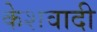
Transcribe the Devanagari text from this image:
केशवादी